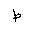
Letter: _da